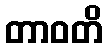
တာဝတိ